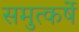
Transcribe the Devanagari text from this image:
समुत्कर्षे